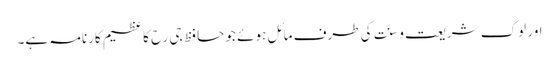
اور لوگ شریعت و سنّت کی طرف مائل ہوئے جو حافظ جی رح کا عظیم کارنامہ ہے۔